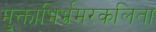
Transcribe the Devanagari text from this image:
मुक्ताभिर्भ्रमरकलिता